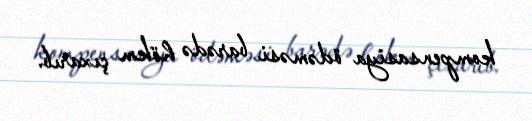
kompensasiya ödəməsi barədə hökm çıxarıb.